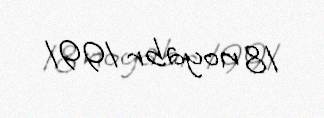
18 noyabr 1991